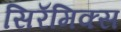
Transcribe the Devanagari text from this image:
सिरॅमिक्स